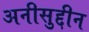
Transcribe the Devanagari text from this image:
अनीसुद्दीन